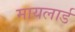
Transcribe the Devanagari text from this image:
मायलार्ड